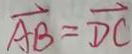
\overrightarrow { A B } = \overrightarrow { D C }